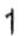
1